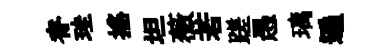
脊珪摇坦薇若蹉愚璃遍